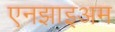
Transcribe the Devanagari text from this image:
एनझाइअम